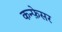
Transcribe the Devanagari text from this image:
कन्फ़ेसर